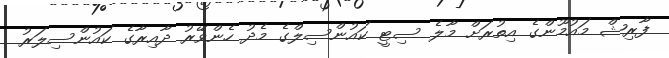
ފާރިޝް މައުމޫންގެ އިތުރަށް މާލެ ސިޓީ ކައުންސިލްގެ މެދު ހެންވޭރު ދާއިރާގެ ކައުންސިލަރު